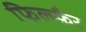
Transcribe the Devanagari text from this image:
फिल्म्फ़ैर